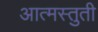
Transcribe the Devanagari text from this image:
आत्मस्तुती